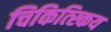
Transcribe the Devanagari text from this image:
चिकित्स्किय